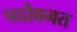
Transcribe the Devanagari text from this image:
पदोवनत